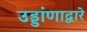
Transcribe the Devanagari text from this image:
उड्डांणाद्वारे